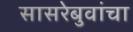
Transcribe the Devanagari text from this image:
सासरेबुवांचा